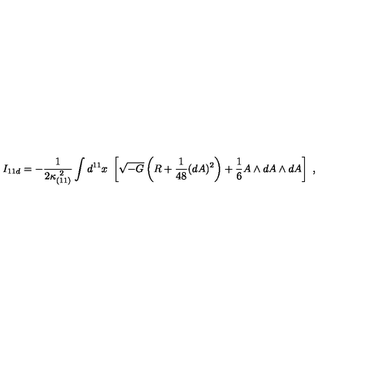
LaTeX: I _ { 1 1 d } = - { \frac { 1 } { 2 \kappa _ { ( 1 1 ) } ^ { \ 2 } } } \int d ^ { 1 1 } x \ \left[ \sqrt { - G } \left( R + { \frac { 1 } { 4 8 } } ( d A ) ^ { 2 } \right) + { \frac { 1 } { 6 } } A \wedge d A \wedge d A \right] \ ,